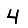
Digit: 4